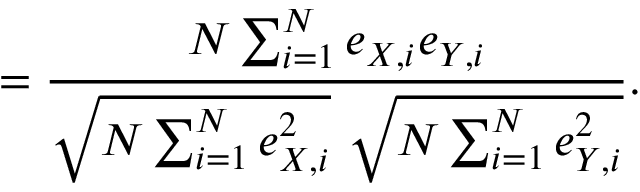
= { \frac { N \sum _ { i = 1 } ^ { N } e _ { X , i } e _ { Y , i } } { { \sqrt { N \sum _ { i = 1 } ^ { N } e _ { X , i } ^ { 2 } } } ~ { \sqrt { N \sum _ { i = 1 } ^ { N } e _ { Y , i } ^ { 2 } } } } } .